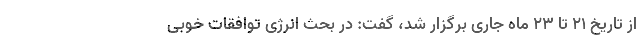
از تاریخ ۲۱ تا ۲۳ ماه جاری برگزار شد، گفت: در بحث انرژی توافقات خوبی